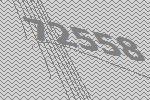
72558